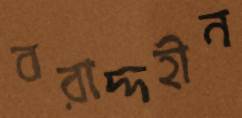
বরাদ্দহীন